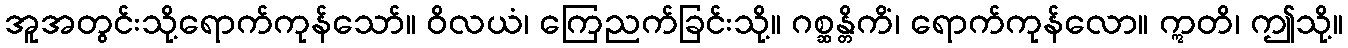
အူအတွင်းသို့ရောက်ကုန်သော်။ ဝိလယံ၊ ကြေညက်ခြင်းသို့။ ဂစ္ဆန္တိကိံ၊ ရောက်ကုန်လော။ ဣတိ၊ ဤသို့။